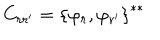
LaTeX: C _ { r r ^ { \prime } } = { \{ \varphi _ { r } , \varphi _ { r ^ { \prime } } \} } ^ { * * }